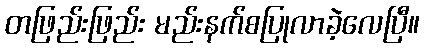
တဖြည်းဖြည်း မည်းနက်စပြုလာခဲ့လေပြီ။